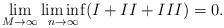
\begin{align*}\lim_{M\rightarrow\infty}\liminf_{n\rightarrow\infty} (I + II + III) = 0 .\end{align*}